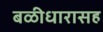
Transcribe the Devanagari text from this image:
बळीधारासह